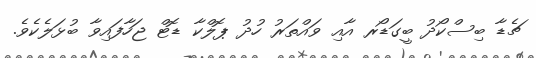
ޗެޑާ ބިސްކޯދު ބީގަޑޯރ އާއި ވައްތަރު ހުދު ޕޮލްކާ ޑޮޓް ޖަހާފައިވާ ބުޅަލެކެވެ.